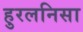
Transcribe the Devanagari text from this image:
हुरलनिसा